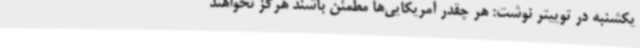
یکشنبه در توییتر نوشت: هر چقدر آمریکایی‌ها مطمئن باشند هرگز نخواهند